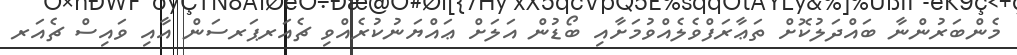
މެންބަރުންނާ ބައްދަލުކޮށް ތަޢާރަފްވެލެއްވުމަށާއި ބޯޑުން އަލަށް ޢައްޔަނުކުރެއްވި ޗެއަރޕަރސަން އާއި ވައިސް ޗެއަރ